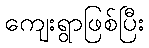
ကျေးရွာဖြစ်ပြီး